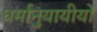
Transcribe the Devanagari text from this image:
धर्मानुयायीयों